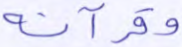
وقرآنه